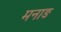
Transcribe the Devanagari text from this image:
मनाङ